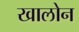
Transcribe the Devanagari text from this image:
खालोन